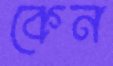
কেন